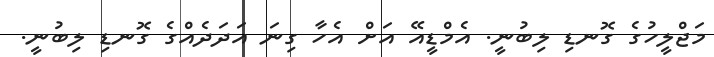
މަޖްލީހުގެ ގޮނޑި ލިބުނީ. އެމްޑީއޭ އަށް އެހާ ގިނަ އަދަދެއްގެ ގޮނޑި ލިބުނީ.